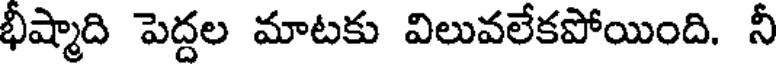
భీష్మాది పెద్దల మాటకు విలువలేకపోయింది. నీ